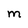
Character: M